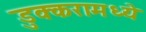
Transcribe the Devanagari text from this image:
डुक्करामध्ये